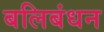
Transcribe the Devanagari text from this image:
बलिबंधन